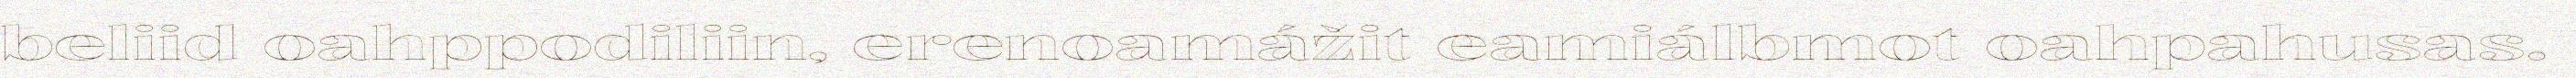
beliid oahppodiliin, erenoamážit eamiálbmot oahpahusas.